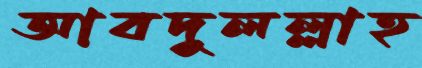
আবদুলল্লাহ